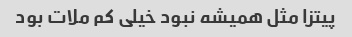
پیتزا مثل همیشه نبود خیلی کم ملات بود